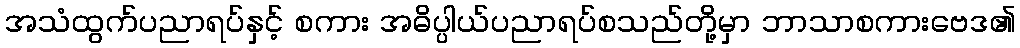
အသံထွက်ပညာရပ်နှင့် စကား အဓိပ္ပါယ်ပညာရပ်စသည်တို့မှာ ဘာသာစကားဗေဒ၏